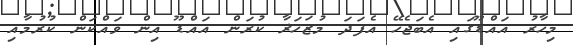
މިހާރު އައްޑޫގައި އެބަޖެހޭ އެފަދަ މުޒަހަޜާ ކުރަން އައްޑޫ އިން ވައްކަން ކުރުމާއި